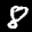
Label: 8